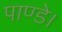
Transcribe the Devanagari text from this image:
पाण्डे।